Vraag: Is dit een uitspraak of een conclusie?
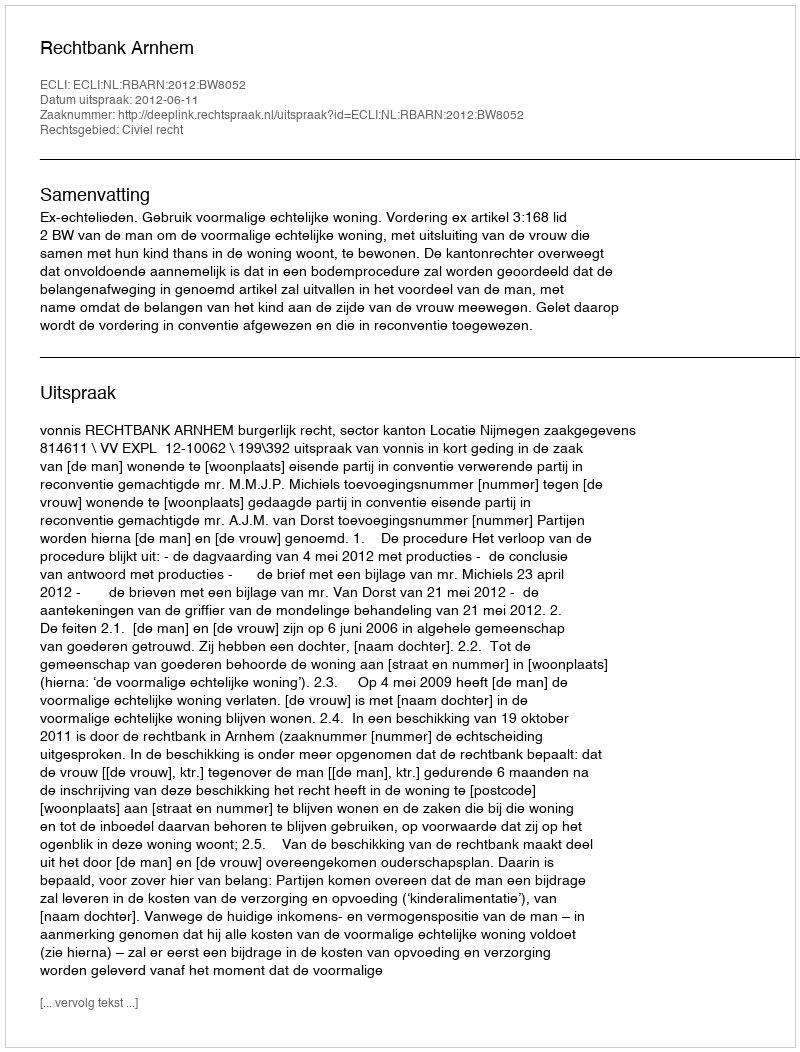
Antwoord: Uitspraak